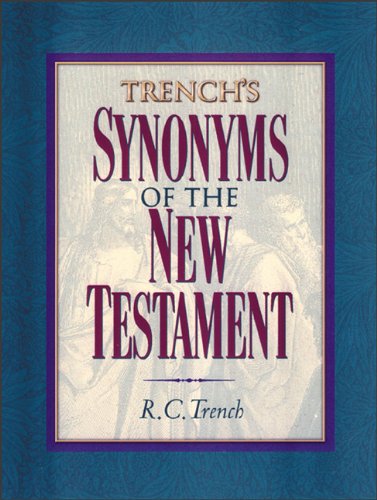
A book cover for Trench's Synonyms of the New Testament; R. C. Trench; Reference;